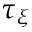
\tau _ { \xi }